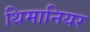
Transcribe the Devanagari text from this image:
थिमानियर